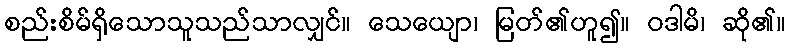
စည်းစိမ်ရှိသောသူသည်သာလျှင်။ သေယျော၊ မြတ်၏ဟူ၍။ ဝဒါမိ၊ ဆို၏။